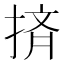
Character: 㨈